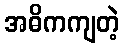
အဓိကကျတဲ့